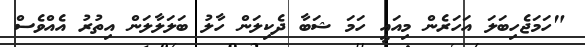
"ހަމަޖެހިބަލަ އަހަރެން މިއައީ ހަމަ ޝަބާ ދެކިލަން ހާލު ބަލަލާލަން އިތުރު އެއްވެސް